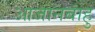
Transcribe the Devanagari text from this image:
आजानबाहु